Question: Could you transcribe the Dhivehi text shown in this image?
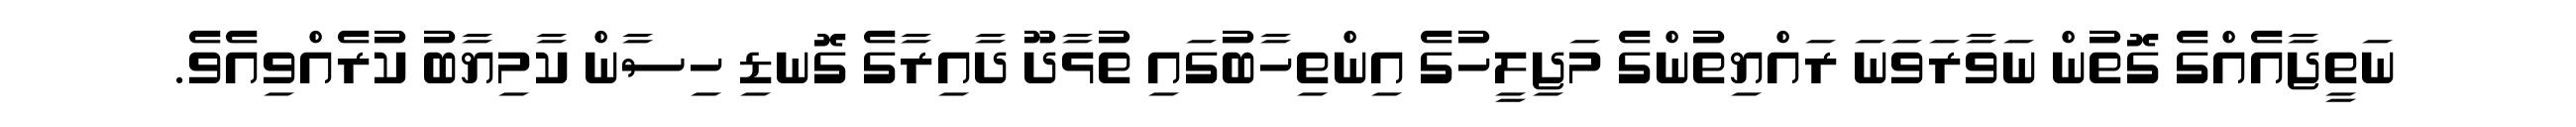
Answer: ނަތީޖާއެއްގެ ގޮތުން ނަވާރަވަނަ ރައްޔިތުންގެ މަޖިލީހުގެ އިންތިހާބުގައި ތުޅާދޫ ދާއިރާގެ ގޮނޑި ހިސާން ކާމިޔާބު ކުރެއްވިއެވެ.